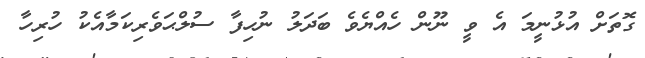
ގޮތަށް އުޅުނީމަ އެ ވީ ނޫން ހެއްޔެވެ ބަދަލު ނުހިފާ ސުލްޙަވެރިކަމާއެކު ހުރިހާ